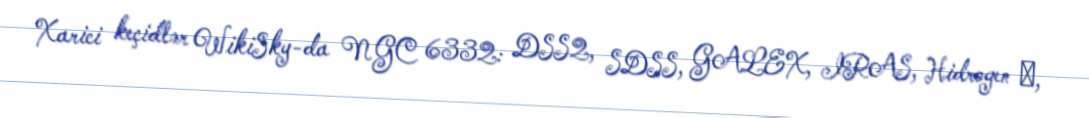
Xarici keçidlər WikiSky-da NGC 6332: DSS2, SDSS, GALEX, IRAS, Hidrogen α,